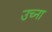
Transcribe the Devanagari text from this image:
उच्ना